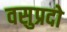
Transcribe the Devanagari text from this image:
वसुप्रदो